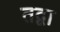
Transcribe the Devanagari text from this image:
तद्वा